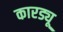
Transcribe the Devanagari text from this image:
कारड्यू